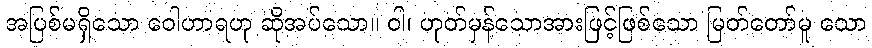
အပြစ်မရှိသော ဝေါဟာရဟု ဆိုအပ်သော။ ဝါ၊ ဟုတ်မှန်သောအားဖြင့်ဖြစ်သော မြတ်တော်မူ သော